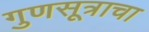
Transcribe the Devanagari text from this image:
गुणसूत्राचा